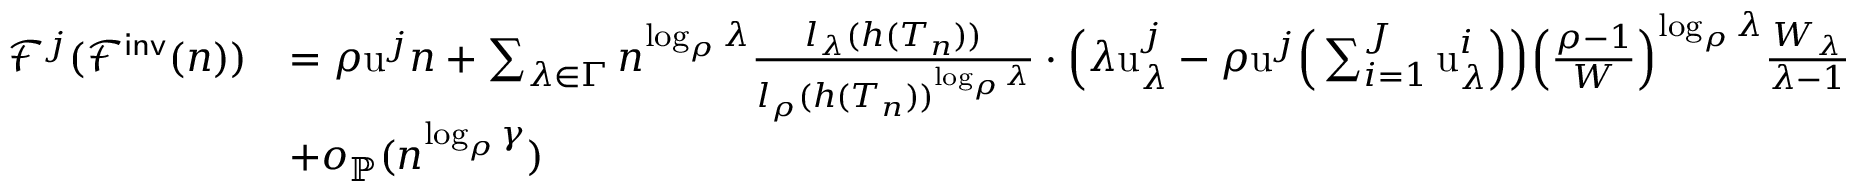
\begin{array} { r l } { \mathcal { F } ^ { j } ( \mathcal { F } ^ { \mathsf { i n v } } ( n ) ) } & { = \rho \mathrm { u } ^ { j } n + \sum _ { \lambda \in \Gamma } n ^ { \log _ { \rho } \lambda } \frac { l _ { \lambda } ( h ( T _ { n } ) ) } { l _ { \rho } ( h ( T _ { n } ) ) ^ { \log _ { \rho } \lambda } } \cdot \Big ( \lambda \mathrm { u } _ { \lambda } ^ { j } - \rho \mathrm u ^ { j } \Big ( \sum _ { i = 1 } ^ { J } \mathrm { u } _ { \lambda } ^ { i } \Big ) \Big ) \Big ( \frac { \rho - 1 } { W } \Big ) ^ { \log _ { \rho } \lambda } \frac { W _ { \lambda } } { \lambda - 1 } } \\ & { + o _ { \mathbb { P } } ( n ^ { \log _ { \rho } \gamma } ) } \end{array}